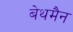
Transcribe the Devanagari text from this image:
बेथमैन